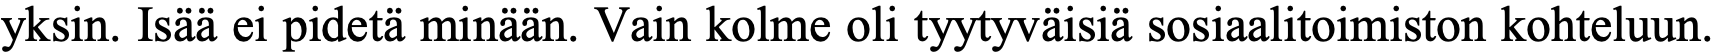
yksin. Isää ei pidetä minään. Vain kolme oli tyytyväisiä sosiaalitoimiston kohteluun.